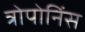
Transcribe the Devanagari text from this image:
त्रोपोनिंस